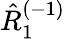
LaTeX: \hat{R}_{1}^{(-1)}